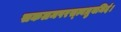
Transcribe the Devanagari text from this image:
सकलमपरस्त्वध्रुवमिदं।